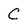
Character: C